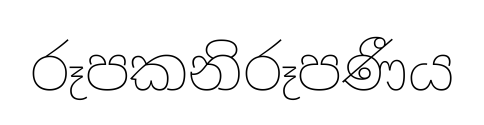
රූපකනිරූපණීය